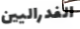
الفدراليين